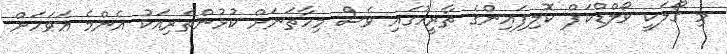
މި ގޯލަކީ ވޯލްޑްކަޕް ކޮލިފައިންގެ ތާރީހުގައި ވެސް މިހާތަނަށް ކުޅުންތެރިއަކު އެންމެ އަވަހަށް